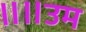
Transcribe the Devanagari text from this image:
॥॥उम